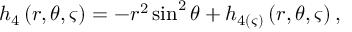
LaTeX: h _ { 4 } \left( r , \theta , \varsigma \right) = - r ^ { 2 } \sin ^ { 2 } \theta + h _ { 4 ( \varsigma ) } \left( r , \theta , \varsigma \right) ,